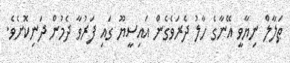
ޠަލާލް ނިޔާވީ އޭނާގެ ހާލު ދެރަވެގެން އައިސީޔޫ ގައި ފަރުވާ ދެމުން ދަނިކޮށެވެ.